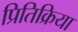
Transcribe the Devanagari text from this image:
प्रितिक्रिया